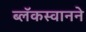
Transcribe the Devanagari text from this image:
ब्लॅकस्वानने